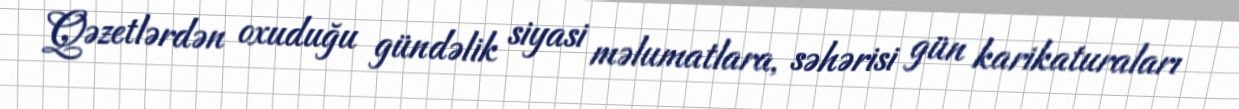
Qəzetlərdən oxuduğu gündəlik siyasi məlumatlara, səhərisi gün karikaturaları